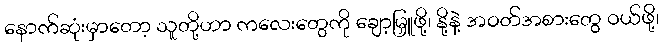
နောက်ဆုံးမှာတော့ သူတို့ဟာ ကလေးတွေကို ချော့မြှူဖို့၊ နို့နဲ့ အဝတ်အစားတွေ ဝယ်ဖို့၊